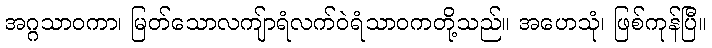
အဂ္ဂသာဝကာ၊ မြတ်သောလကျ်ာရံလက်ဝဲရံသာဝကတို့သည်။ အဟေသုံ၊ ဖြစ်ကုန်ပြီ။